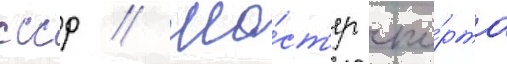
ссср // Ма́ст'ер спо́рта